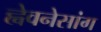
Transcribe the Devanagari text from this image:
ह्वेवनेसांग